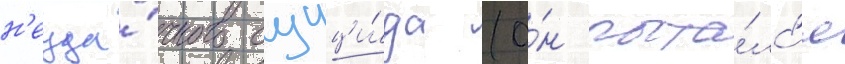
н'еуда́чного суици́да (о́н пыта́лс'я